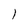
Character: I